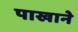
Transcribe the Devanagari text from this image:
पाखाने